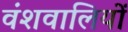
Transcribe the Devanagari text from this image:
वंशवालियों